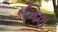
ગિશ